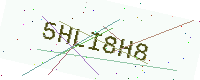
Text: 5HLI8H8